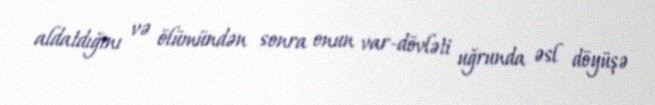
aldatdığını və ölümündən sonra onun var-dövləti uğrunda əsl döyüşə